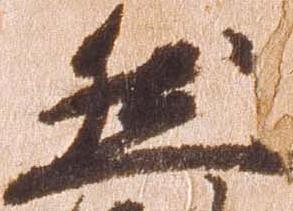
然